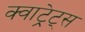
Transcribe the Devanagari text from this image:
क्वाट्रेट्स